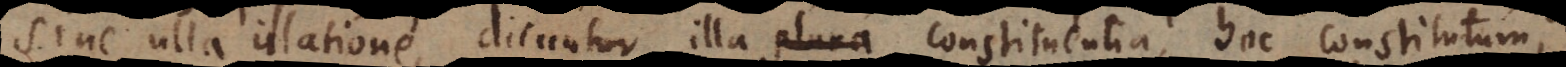
sine ulla illatione, dicuntur illa plura constituentia, hoc constitutum;